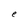
Character: e